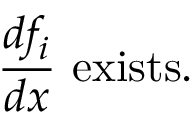
{ \frac { d f _ { i } } { d x } } { \mathrm { ~ e x i s t s . ~ } }